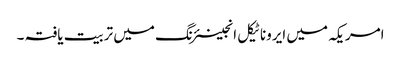
امریکہ میں ایروناٹیکل انجینئرنگ میں تربیت یافتہ ۔